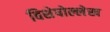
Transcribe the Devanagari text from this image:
विशेषोल्लेख